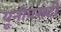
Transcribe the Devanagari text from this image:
यूनीवस्र्टी